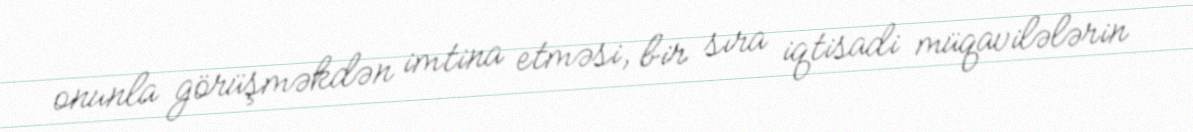
onunla görüşməkdən imtina etməsi, bir sıra iqtisadi müqavilələrin